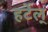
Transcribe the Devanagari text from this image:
हर्टेल्